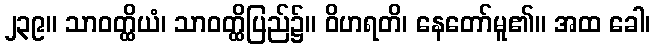
၂၃၉။ သာဝတ္ထိယံ၊ သာဝတ္ထိပြည်၌။ ဝိဟရတိ၊ နေတော်မူ၏။ အထ ခေါ၊